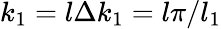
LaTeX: k_{1}=l\Delta k_{1}=l\pi/l_{1}